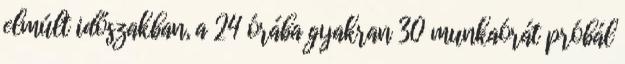
elmúlt időszakban, a 24 órába gyakran 30 munkaórát próbál